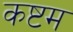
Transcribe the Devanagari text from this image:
कष्टम